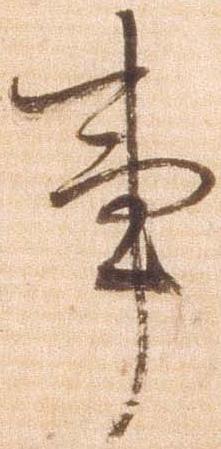
事